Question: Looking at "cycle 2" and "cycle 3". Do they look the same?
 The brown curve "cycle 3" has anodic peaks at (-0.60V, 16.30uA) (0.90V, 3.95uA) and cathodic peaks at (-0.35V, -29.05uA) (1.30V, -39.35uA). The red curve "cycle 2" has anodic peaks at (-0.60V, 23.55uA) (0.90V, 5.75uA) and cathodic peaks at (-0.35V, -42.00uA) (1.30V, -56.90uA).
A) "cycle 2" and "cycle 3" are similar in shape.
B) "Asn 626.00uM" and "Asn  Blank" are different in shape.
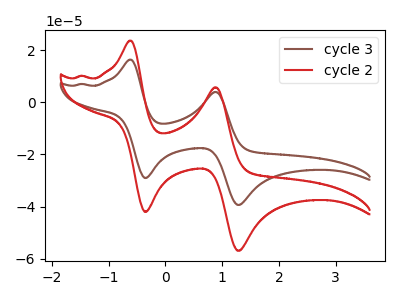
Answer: <think>All the peaks in "cycle 2" have a peak in "cycle 3" at the same potential. Every peak in "cycle 2" is higher than every peak in "cycle 3".
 </think>
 <answer>A) "cycle 2" and "cycle 3" are similar in shape.</answer>
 <eval>A</eval>